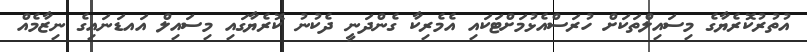
އުތުރުކޮރެޔާގެ މިސައިލްތަކަށް ހުރަސްއެޅުމަށްޓަކައި އެމެރިކާ ގެންދަނީ ދެކުނު ކޮރެޔާގައި މިސައިލް އައޑަނައިގެ ނިޒާމެއް